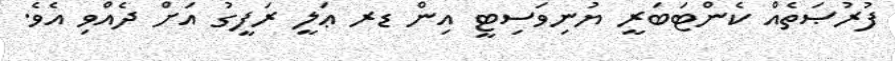
ފުރުޞަތެއް ކެންޓަބަރީ ޔުނިވަސިޓީ އިން ޑރ ޢަލީ ރަފީގު އަށް ދެއްވި އެވެ.